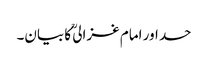
حسد اور امام غزالیؒ کا بیان۔